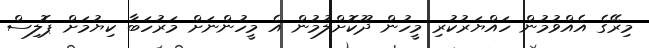
މިރޭގެ އެއްވުމުން ހައްޔަރުކުރި މީހުން ދޫކޮށްލުމުން އެ މީހުންނަށް މަރުހަބާ ކިޔުމަށް ޕޮލިސް